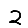
Digit: 2